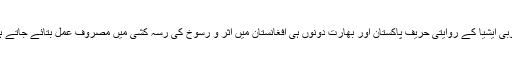
جنوبی ایشیا کے روایتی حریف پاکستان اور بھارت دونوں ہی افغانستان میں اثر و رسوخ کی رسہ کشی میں مصروف عمل بتائے جاتے ہیں۔